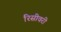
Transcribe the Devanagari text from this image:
रिसीवरी